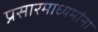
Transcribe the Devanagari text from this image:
प्रसारमाध्यमांना